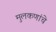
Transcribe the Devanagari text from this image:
मुलकणांचे